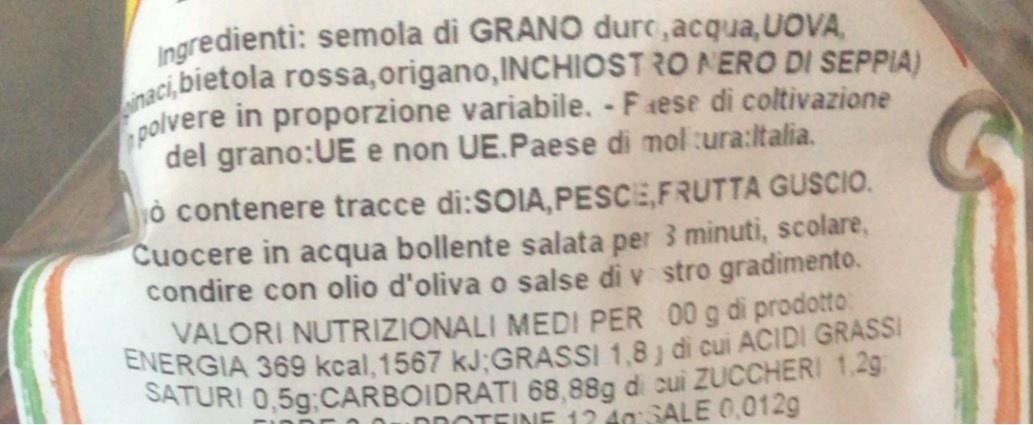
Ingredienti: semola di GRANO durc,acqua,UOVA, naci, bietola rossa,origano, INCHIOSTRO NERO DI SEPPIA) polvere in proporzione variabile. - F aese di coltivazione del grano:UE e non UE.Paese di mol :ura:ltalia.
jò contenere tracce di:SOIA,PESCE,FRUTTA GUSCIO. Cuocere in acqua bollente salata per 3 minuti, scolare, condire con olio d'oliva o salse di v stro gradimento. VALORI NUTRIZIONALI MEDI PER 00 g di prodotto ENERGIA 369 kcal, 1567 kJ;GRASSI 1,8 di cui ACIDI GRASSI SATURI 0,5g;CARBOIDRATI 68,88g di cui ZUCCHERI 1.29
RATEINE 12 40:SALE 0,012g